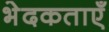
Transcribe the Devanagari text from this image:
भेदकताएँ